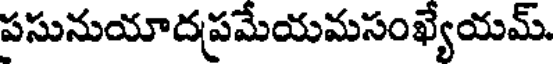
పసునుయాదప్రమేయమసంఖ్యేయమ్.